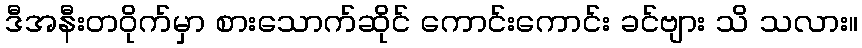
ဒီအနီးတဝိုက်မှာ စားသောက်ဆိုင် ကောင်းကောင်း ခင်ဗျား သိ သလား။